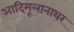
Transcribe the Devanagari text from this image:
आदिमूलानाथर